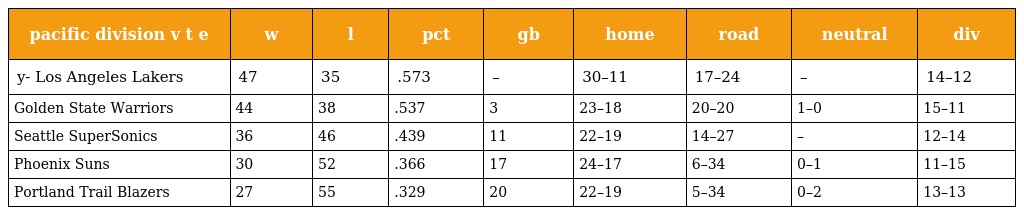
| pacific division v t e | w | l | pct | gb | home | road | neutral | div |
 | --- | --- | --- | --- | --- | --- | --- | --- | --- |
 | y- Los Angeles Lakers | 47 | 35 | .573 | – | 30–11 | 17–24 | – | 14–12 |
 | Golden State Warriors | 44 | 38 | .537 | 3 | 23–18 | 20–20 | 1–0 | 15–11 |
 | Seattle SuperSonics | 36 | 46 | .439 | 11 | 22–19 | 14–27 | – | 12–14 |
 | Phoenix Suns | 30 | 52 | .366 | 17 | 24–17 | 6–34 | 0–1 | 11–15 |
 | Portland Trail Blazers | 27 | 55 | .329 | 20 | 22–19 | 5–34 | 0–2 | 13–13 |